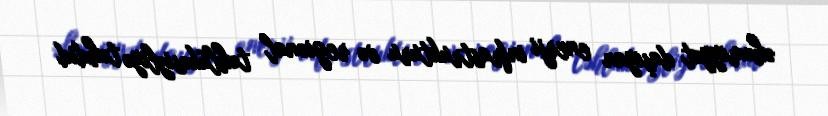
əhəmiyyət daşıyan enerji infrastrukturu və regional təhlükəsizliyə təhdid